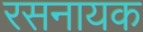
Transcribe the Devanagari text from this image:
रसनायक